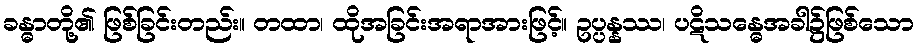
ခန္ဓာတို့၏ ဖြစ်ခြင်းတည်း။ တထာ၊ ထိုအခြင်းအရာအားဖြင့်။ ဥပ္ပန္နဿ၊ ပဋိသန္ဓေအခါ၌ဖြစ်သော